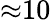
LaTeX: {\approx}10